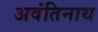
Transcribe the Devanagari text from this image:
अवंतिनाथ